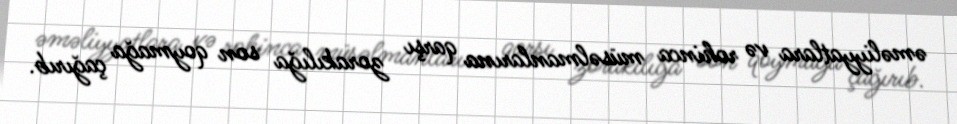
əməliyyatlara və rohinca müsəlmanlarına qarşı zorakılığa son qoymağa çağırıb.